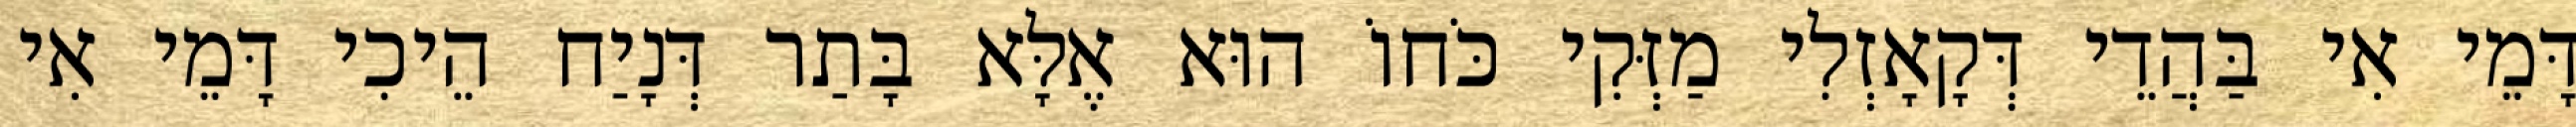
דָּמֵי אִי בַּהֲדֵי דְּקָאָזְלִי מַזְּקִי כֹּחוֹ הוּא אֶלָּא בָּתַר דְּנָיַח הֵיכִי דָּמֵי אִי